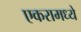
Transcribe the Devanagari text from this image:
एकरामध्ये